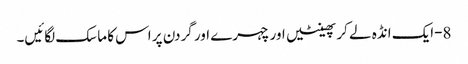
8-ایک انڈہ لے کر پھینٹیں اور چہرے اور گردن پر اس کا ماسک لگائیں۔